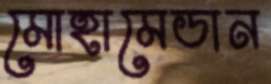
মোহামেডান